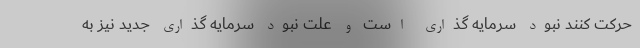
حرکت کنند نبود سرمایه گذاری است و علت نبود سرمایه گذاری جدید نیز به